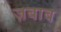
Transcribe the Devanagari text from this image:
ज़बाब